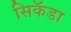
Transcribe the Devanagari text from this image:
सिकॅडा